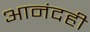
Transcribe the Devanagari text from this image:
आनंदही